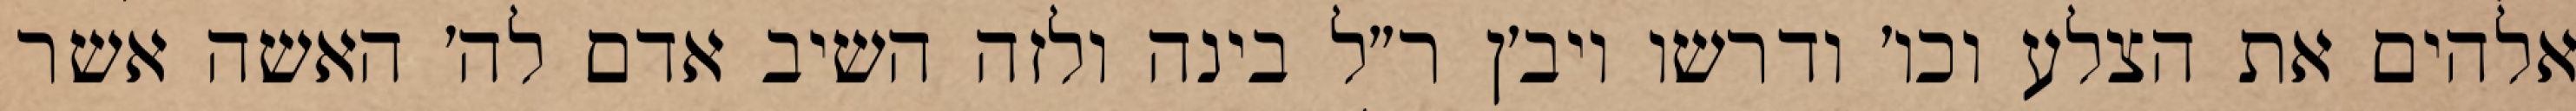
אלהים את הצלע וכו׳ ודרשו ויב׳ן ר״ל בינה ולזה השיב אדם לה׳ האשה אשר